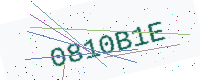
Text: 0810B1E